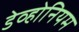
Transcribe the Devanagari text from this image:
डेव्होनियम